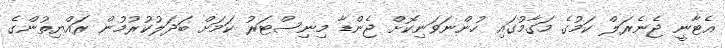
އެޓާނީ ޖެނެރަލް ކަމުގެ މަގާމުގައި ހުންނަވަނިކޮށް ޖެންޑާ މިނިސްޓަރު ކަމަށް ބަދަލުކުރުމުން ރައްޔިތުންގެ